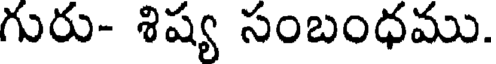
గురు- శిష్య సంబంధము.